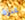
عنزة